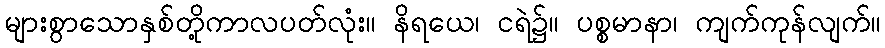
များစွာသောနှစ်တို့ကာလပတ်လုံး။ နိရယေ၊ ငရဲ၌။ ပစ္စမာနာ၊ ကျက်ကုန်လျက်။